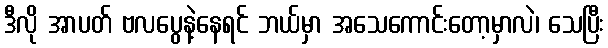
ဒီလို အာပတ် ဗလပွေနဲ့နေရင် ဘယ်မှာ အသေကောင်းတော့မှာလဲ၊ သေပြီး